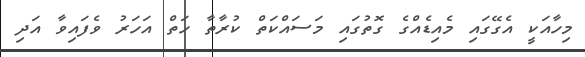
މިހާއަކީ އެގޭގައި މެއިޑެއްގެ ގޮތުގައި މަސައްކަތް ކުރާތާ ހަތް އަހަރު ވެފައިވާ އަދި